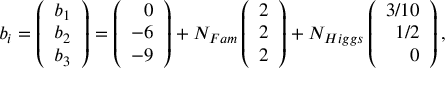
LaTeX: b _ { i } = \left( \begin{array} { r } { { b _ { 1 } } } \\ { { b _ { 2 } } } \\ { { b _ { 3 } } } \end{array} \right) = \left( \begin{array} { r } { { 0 } } \\ { { - 6 } } \\ { { - 9 } } \end{array} \right) + N _ { F a m } \left( \begin{array} { r } { { 2 } } \\ { { 2 } } \\ { { 2 } } \end{array} \right) + N _ { H i g g s } \left( \begin{array} { r } { { 3 / 1 0 } } \\ { { 1 / 2 } } \\ { { 0 } } \end{array} \right) ,